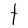
Character: t